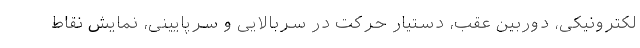
لکترونیکی، دوربین عقب، دستیار حرکت در سربالایی و سرپایینی، نمایش نقاط